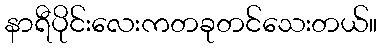
နာရီပိုင်းလေးကတခုတင်သေးတယ်။